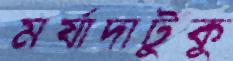
মর্যাদাটুকু